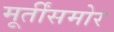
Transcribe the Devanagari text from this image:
मूर्तींसमोर